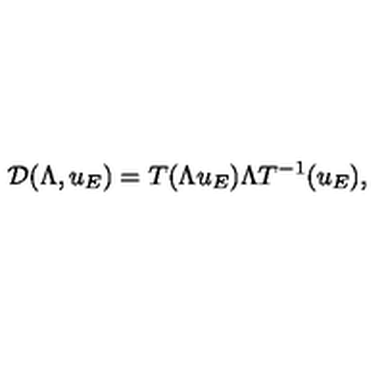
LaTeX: \mathcal { D } ( \Lambda , u _ { E } ) = T ( \Lambda u _ { E } ) \Lambda T ^ { - 1 } ( u _ { E } ) ,